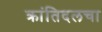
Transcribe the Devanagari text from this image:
क्रांतिदलचा